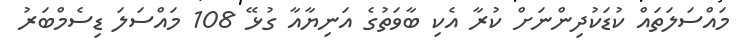
މައްސަލަތައް ކުޑަކުދިންނަށް ކުރާ އެކި ބާވަތުގެ އަނިޔާއާ ގުޅޭ 108 މައްސަލަ ޑިސެމްބަރު